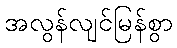
အလွန်လျင်မြန်စွာ